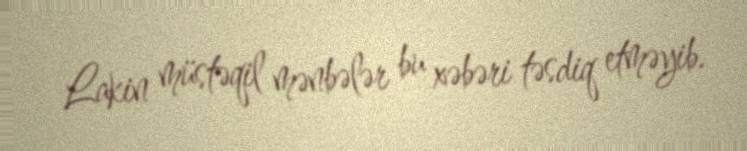
Lakin müstəqil mənbələr bu xəbəri təsdiq etməyib.